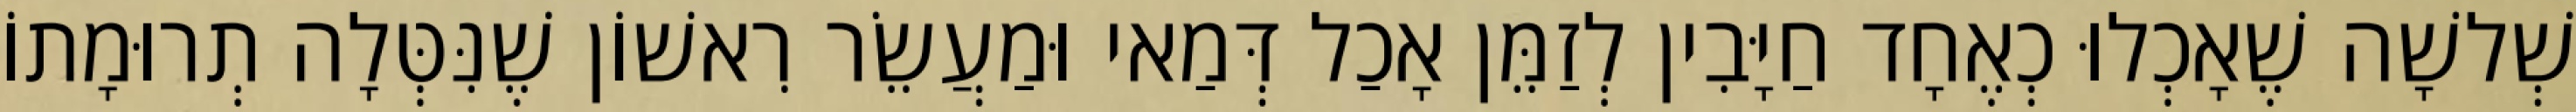
שְׁלשָׁה שֶׁאָכְלוּ כְאֶחָד חַיָּבִין לְזַמֵּן אָכַל דְּמַאי וּמַעֲשֵׂר רִאשׁוֹן שֶׁנִּטְּלָה תְרוּמָתוֹ